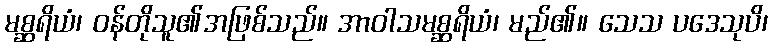
မစ္ဆရိယံ၊ ဝန်တိုသူ၏အဖြစ်သည်။ အာဝါသမစ္ဆရိယံ၊ မည်၏။ သေသ ပဒေသုပိ၊